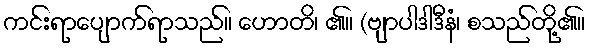
ကင်းရာပျောက်ရာသည်။ ဟောတိ၊ ၏။ (ဗျာပါဒါဒီနံ၊ စသည်တို့၏။